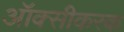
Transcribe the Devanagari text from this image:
ऑक्सीकरक